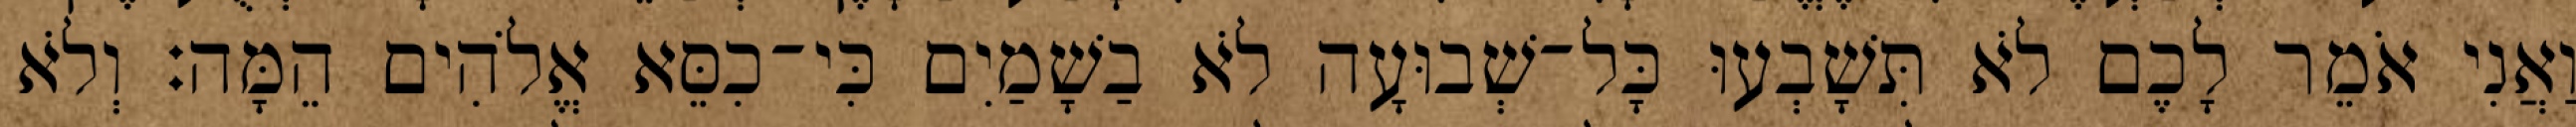
וַאֲנִי אֹמֵר לָכֶם לֹא תִּשָׁבְעוּ כָּל־שְׁבוּעָה לֹא בַשָׁמַיִם כִּי־כִסֵּא אֱלֹהִים הֵמָּה׃ וְלֹא